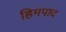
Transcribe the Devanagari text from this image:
हिमपाद